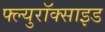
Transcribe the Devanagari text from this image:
फ्ल्युरॉक्साइड